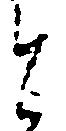
に